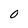
Character: 0